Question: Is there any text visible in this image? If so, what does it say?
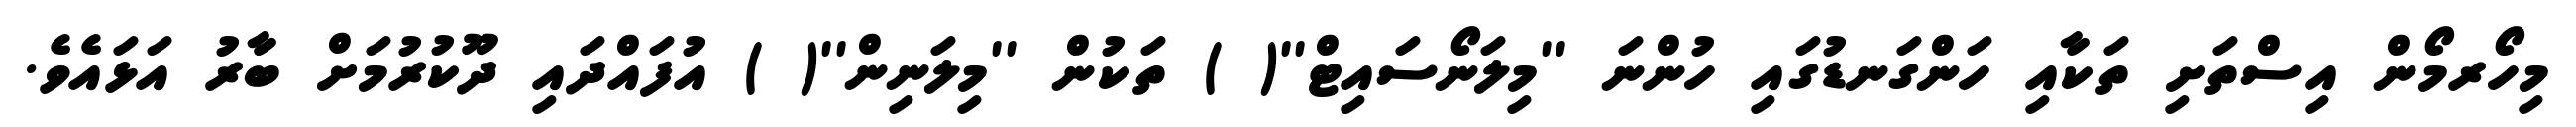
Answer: މިހޯރމޯން އިސްތަށި ތަކާއި ހަންގަނޑުގައި ހުންނަ ''މިލަނޯސައިޓް''( ) ތަކުން ''މިލަނިން''( ) އުފައްދައި ދޫކުރުމަށް ބާރު އަޅައެވެ.